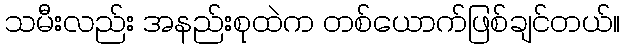
သမီးလည်း အနည်းစုထဲက တစ်ယောက်ဖြစ်ချင်တယ်။